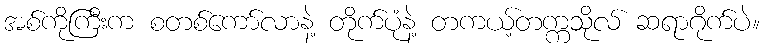
အစ်ကိုကြီးက စတစ်ကော်လာနဲ့ တိုက်ပုံနဲ့ တကယ့်တက္ကသိုလ် ဆရာဂိုက်ပဲ။